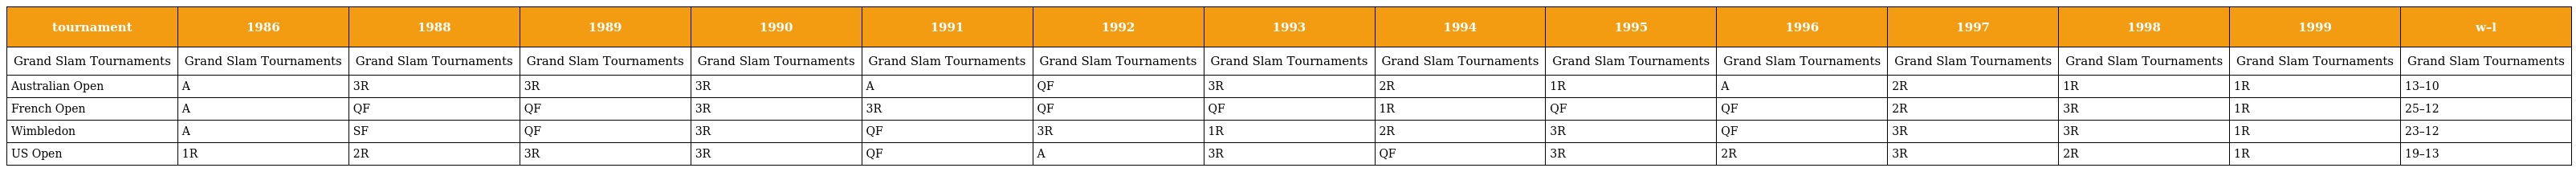
| tournament | 1986 | 1988 | 1989 | 1990 | 1991 | 1992 | 1993 | 1994 | 1995 | 1996 | 1997 | 1998 | 1999 | w–l |
 | --- | --- | --- | --- | --- | --- | --- | --- | --- | --- | --- | --- | --- | --- | --- |
 | Grand Slam Tournaments | Grand Slam Tournaments | Grand Slam Tournaments | Grand Slam Tournaments | Grand Slam Tournaments | Grand Slam Tournaments | Grand Slam Tournaments | Grand Slam Tournaments | Grand Slam Tournaments | Grand Slam Tournaments | Grand Slam Tournaments | Grand Slam Tournaments | Grand Slam Tournaments | Grand Slam Tournaments | Grand Slam Tournaments |
 | Australian Open | A | 3R | 3R | 3R | A | QF | 3R | 2R | 1R | A | 2R | 1R | 1R | 13–10 |
 | French Open | A | QF | QF | 3R | 3R | QF | QF | 1R | QF | QF | 2R | 3R | 1R | 25–12 |
 | Wimbledon | A | SF | QF | 3R | QF | 3R | 1R | 2R | 3R | QF | 3R | 3R | 1R | 23–12 |
 | US Open | 1R | 2R | 3R | 3R | QF | A | 3R | QF | 3R | 2R | 3R | 2R | 1R | 19–13 |